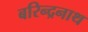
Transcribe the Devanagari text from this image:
बरिन्द्रनाथ